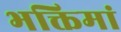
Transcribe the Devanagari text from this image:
भक्तिमां